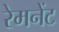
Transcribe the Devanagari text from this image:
रेमनेंट